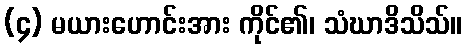
(၄) မယားဟောင်းအား ကိုင်၏၊ သံဃာဒိသိသ်။